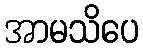
အာမသိပေ